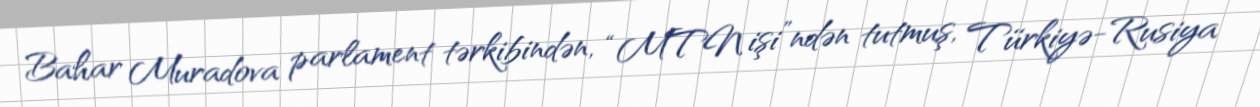
Bahar Muradova parlament tərkibindən, “MTN işi”ndən tutmuş, Türkiyə-Rusiya